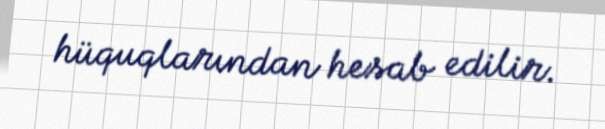
hüquqlarından hesab edilir.